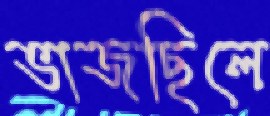
ভাজছিলে